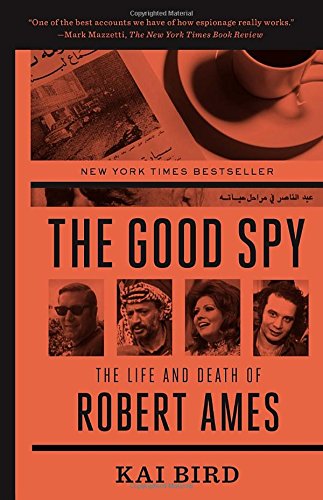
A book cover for The Good Spy: The Life and Death of Robert Ames; Kai Bird; Biographies & Memoirs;